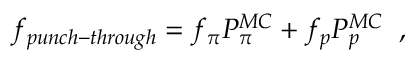
f _ { p u n c h - t h r o u g h } = f _ { \pi } P _ { \pi } ^ { M C } + f _ { p } P _ { p } ^ { M C } \; \; ,